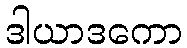
ဒါယာဒကော